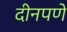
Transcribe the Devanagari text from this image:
दीनपणे